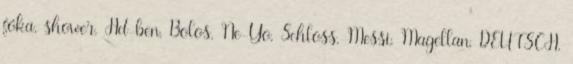
fóka, shower, Hd-ben, Bolos, Ne-Yo, Schloss, Messi, Magellan, DEUTSCH,